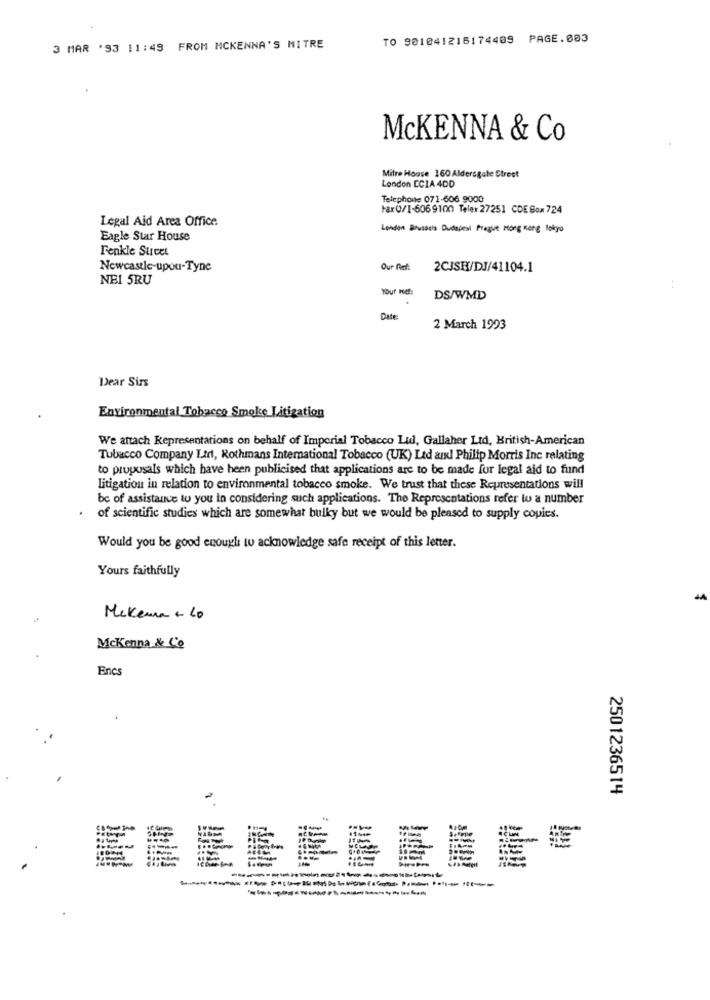
TO 901041216174409 PAGE.883
3 MAR '93 11:49 FROM MCKENNA'S MITRE
McKENNA & Co
Mitre House 160 Aldersgate Street
London ECIA 4DD
Telephone 071-606 9000
Fax0/1-6069100 Telex 27251 CDE Box 724
Legal Aid Area Office
London Brusasis Dudapesi Prague Hong Kong lokgo
Eagle Star House
Fenkle Street
Newcastle-upon-Tyne
Our Ref:
2CJSH/DJ/41104.1
NEI 5RU
Your met:
:
DS/WMD
Date:
2 March 1993
Dear Sirs
Environmental Tobacco Smoke Litigation
We attach Representations on behalf of Imperial Tobacco Lidl, Gallaher Ltd, British-American
Tubacco Company Ltd, Rothmans International Tobacco (UK) Ltd aux Philip Morris Inc relating
to proposals which have been publicised that applications are to be made for legal aid to fund
Litigation in relation to environmental tobacco smoke. We trust that these Representations will
bc of assistance to you in considering such applications. The Representations refer to a number
of scientific studies which are somewhat bulky but we would be pleased to supply copies.
Would you be good enough to acknowledge safe receipt of this letter.
Yours faithfully
Mekema - 10
McKenna & Co
Encs
2501236514